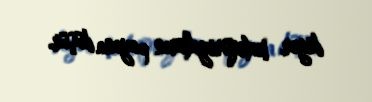
digər kateqoriyaların payına düşür.